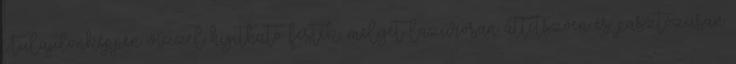
Tulajdonképpen vízzel hígítható festék, melyet lazúrosan áttetszően és pasztózusan